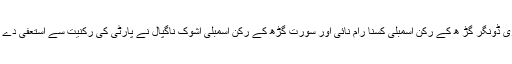
شری ڈونگر گڑ ھ کے رکن اسمبلی کسنا رام نائی اور سورت گڑھ کے رکن اسمبلی اشوک ناگپال نے پارٹی کی رکنیت سے استعفیٰ دے دیا۔